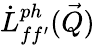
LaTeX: \dot{L}_{ff^{\prime}}^{ph}(\vec{Q})